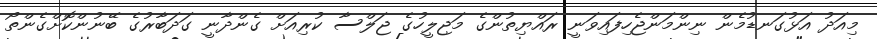
މިއަދު އަޅުގަނޑުމެން ނިންމަންޖެހިފައިވަނީ ރައްޔިތުންގެ މަޖިލީހުގެ ޖަލްސާ ކުރިއަށް ގެންދާނީ ގަދަބާރުގެ ބޭނުންކޮށްގެންތޯ